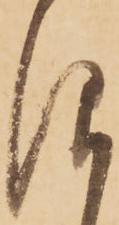
仰